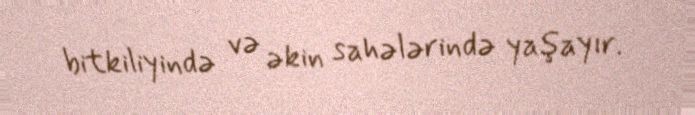
bitkiliyində və əkin sahələrində yaşayır.